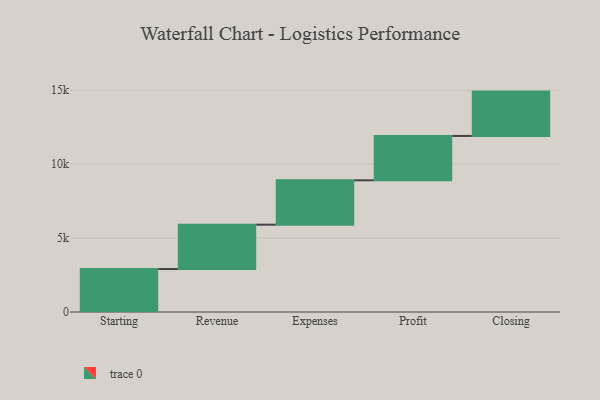
{"axis": {"x": "Step", "y": "Value"}, "legend": [""], "data": [{"x": "Starting", "y": 2906.0, "type": ""}, {"x": "Revenue", "y": 3000, "type": ""}, {"x": "Expenses", "y": 3000, "type": ""}, {"x": "Profit", "y": 3000, "type": ""}, {"x": "Closing", "y": 3000, "type": ""}]}